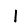
Digit: 1